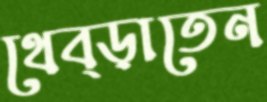
থেব্‌ড়াতেন